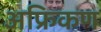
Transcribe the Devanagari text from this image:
अफ्रिकण